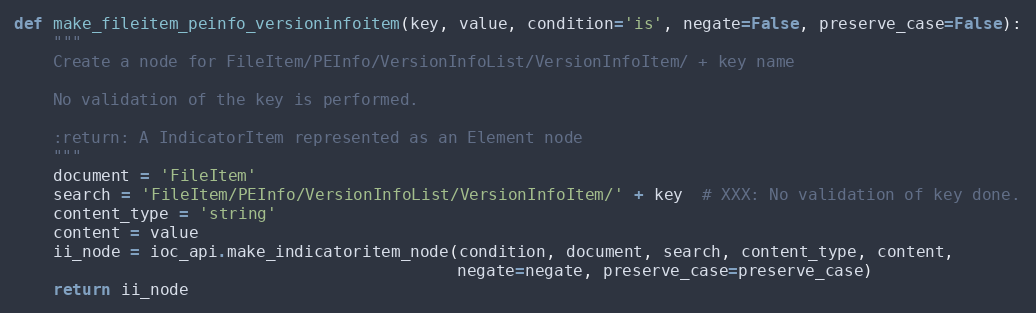
Language: Python
def make_fileitem_peinfo_versioninfoitem(key, value, condition='is', negate=False, preserve_case=False):
    """
    Create a node for FileItem/PEInfo/VersionInfoList/VersionInfoItem/ + key name

    No validation of the key is performed.

    :return: A IndicatorItem represented as an Element node
    """
    document = 'FileItem'
    search = 'FileItem/PEInfo/VersionInfoList/VersionInfoItem/' + key  # XXX: No validation of key done.
    content_type = 'string'
    content = value
    ii_node = ioc_api.make_indicatoritem_node(condition, document, search, content_type, content,
                                              negate=negate, preserve_case=preserve_case)
    return ii_node